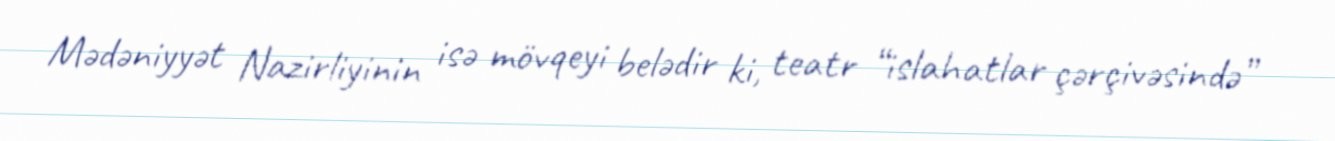
Mədəniyyət Nazirliyinin isə mövqeyi belədir ki, teatr “islahatlar çərçivəsində”